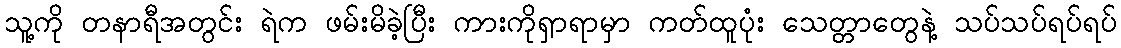
သူ့ကို တနာရီအတွင်း ရဲက ဖမ်းမိခဲ့ပြီး ကားကိုရှာရာမှာ ကတ်ထူပုံး သေတ္တာတွေနဲ့ သပ်သပ်ရပ်ရပ်